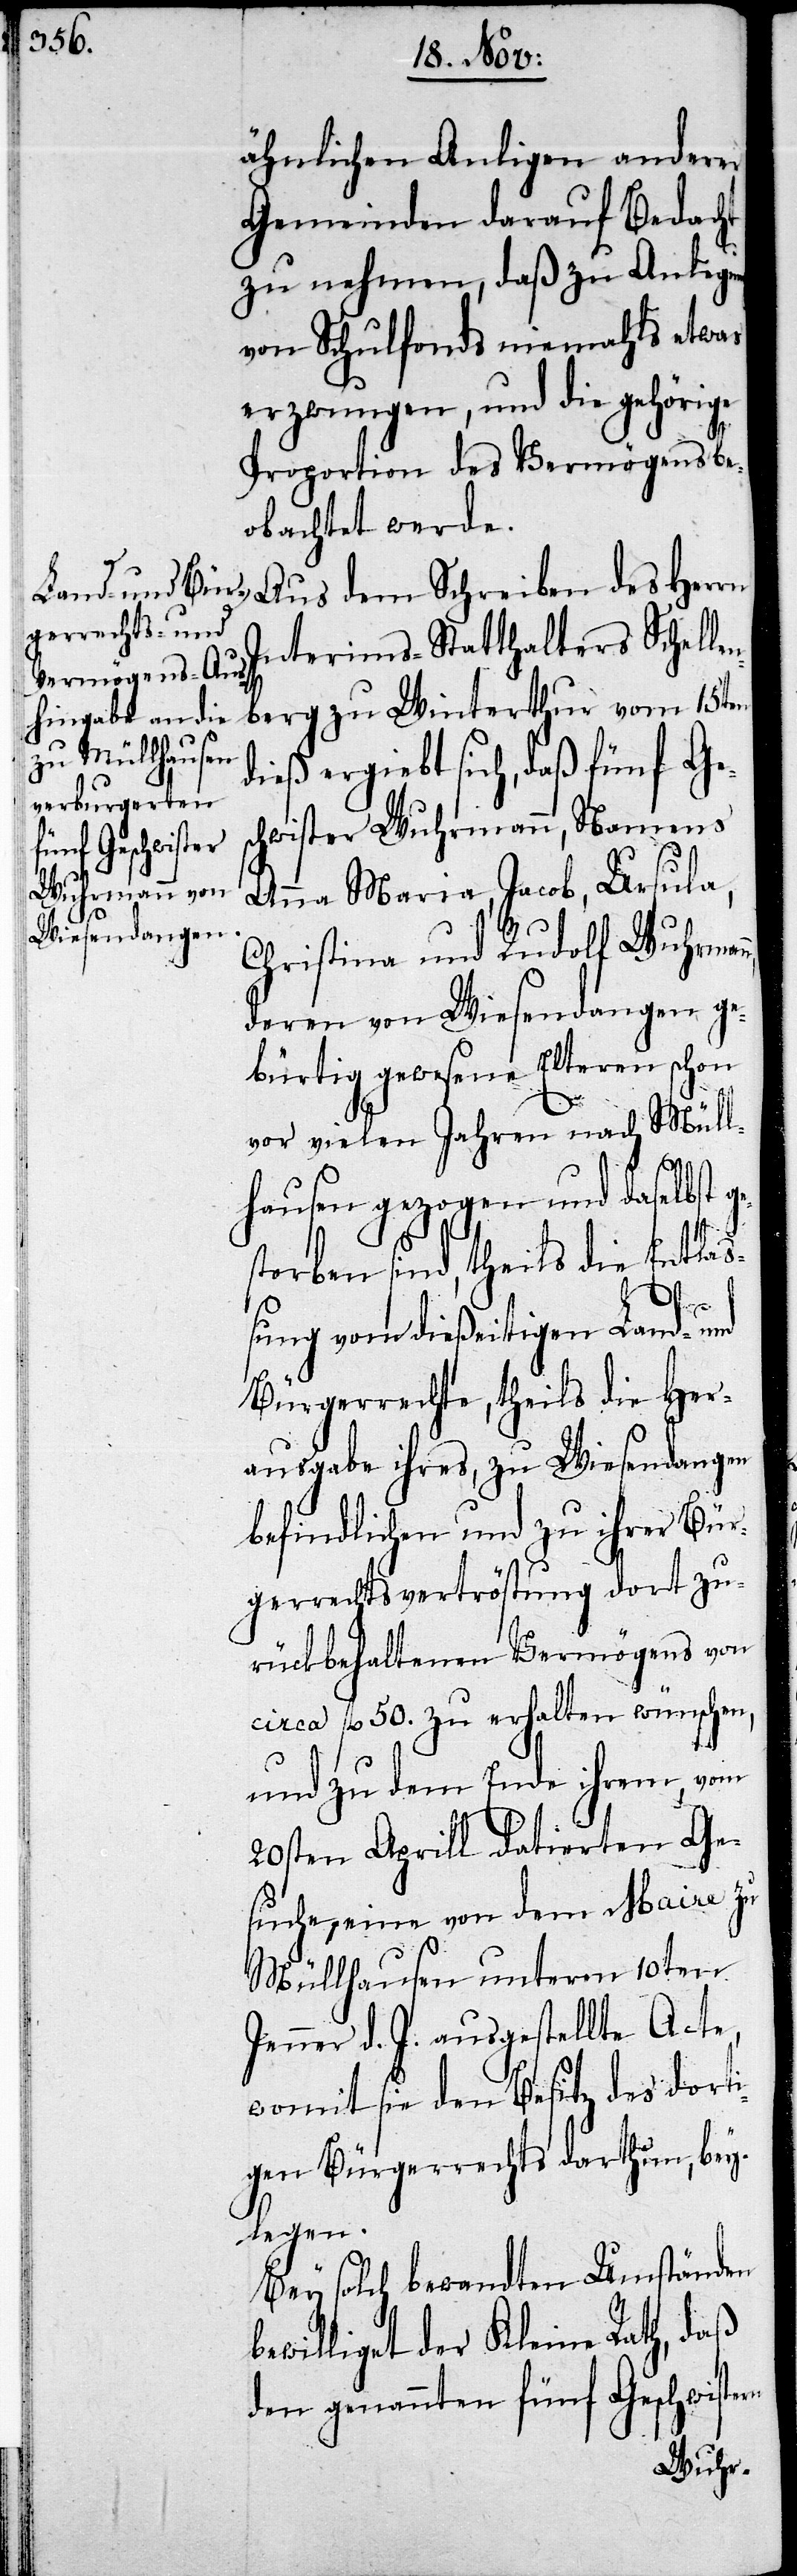
ähnlichen Anligen anderer
Gemeinden darauf Bedacht
zu nehmen, daß zu Anlegu¬
von Schulfonds niemahls etwas
erzwungen, und die gehörige
Proportion des Vermögens be¬
obachtet werde.
Aus dem Schreiben des Herrn
Interims-Statthalters Schelle¬
nberg zu Winterthur vom 15ten
dieß ergiebt sich, daß fünf Ges¬
chwister Wuhrmann, namens
Anna Maria, Jacob, Ursula,
Christina und Rudolf Wuhrman¬
deren von Wiesendangen ge¬
bürtig gewesene Elteren schon
vor vielen Jahren nach Müll¬
hausen gezogen und daselbst g¬
storben sind, theils die Entlaß¬
rn
ung vom dießeitigen Land- und
Bürgerrechte, theils die Her¬
ausgabe ihres, zu Wiesendangen
befindlichen und zu ihrer Bür¬
gerrechtsvertröstung dort zu¬
rückbehaltenen Vermögens von
circa fl. 50. zu erhalten wünschen,
und zu dem Ende ihrem, vom
20sten Aprill datierten Ge¬
suche, eine von dem Maire zu
Müllhausen unterm 10ten
Jenner d. J. ausgestellte Acte,
womit sie den Besitz des dorti¬
gen Bürgerrechts darthun, bey¬
legen.
Bey solch bewandten Umständen
bewilliget der Kleine Rath, daß
den genannten fünf Geschwiste¬